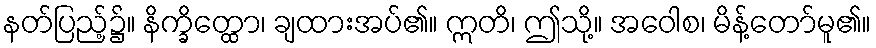
နတ်ပြည့်၌။ နိက္ခိတ္ထော၊ ချထားအပ်၏။ ဣတိ၊ ဤသို့။ အဝေါစ၊ မိန့်တော်မူ၏။